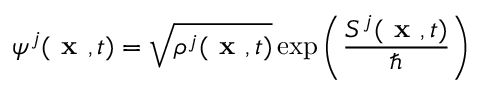
\psi ^ { j } ( \textbf { x } , t ) = \sqrt { \rho ^ { j } ( \textbf { x } , t ) } \exp \left( \frac { S ^ { j } ( \textbf { x } , t ) } { \hbar } \right)